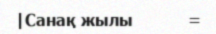
|Санақ жылы           =